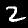
Digit: 2